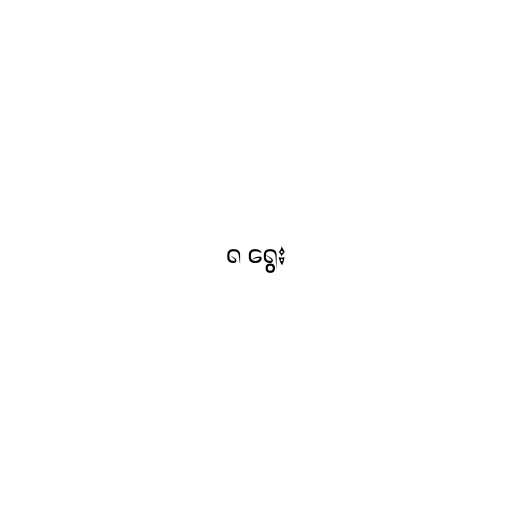
၈ ရွေး